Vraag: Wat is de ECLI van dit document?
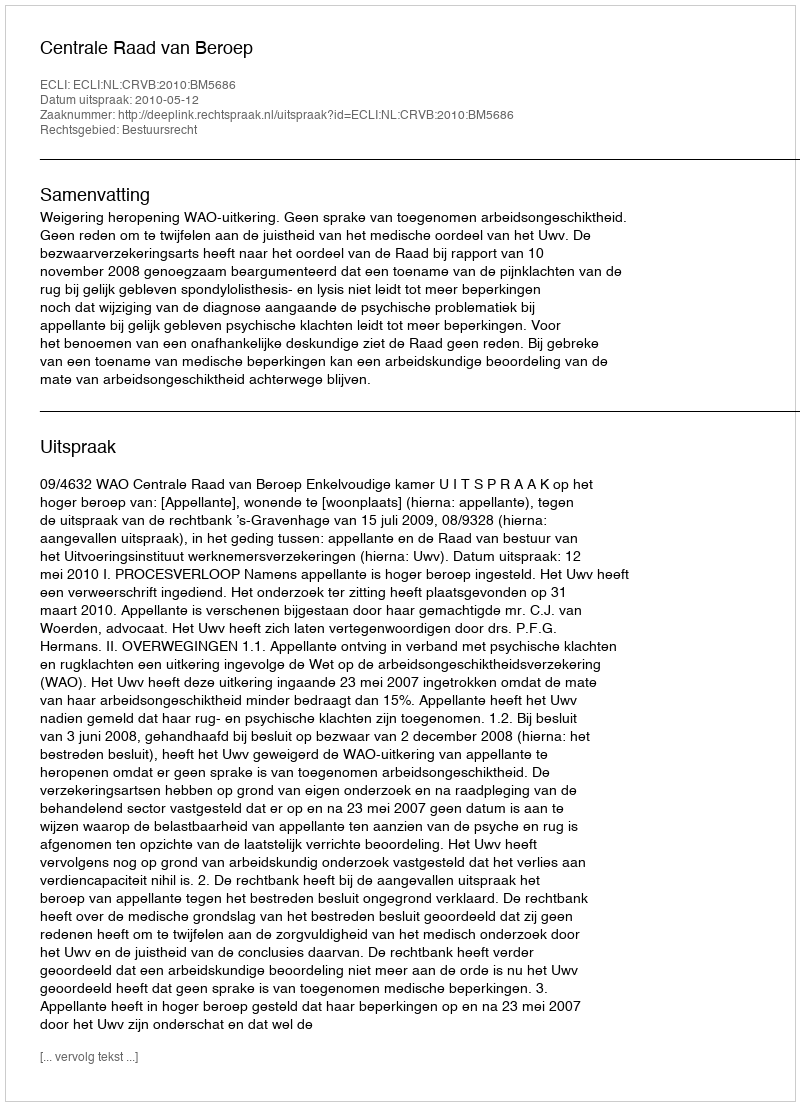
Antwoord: ECLI:NL:CRVB:2010:BM5686